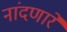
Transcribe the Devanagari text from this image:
नांदणारे